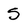
Character: S